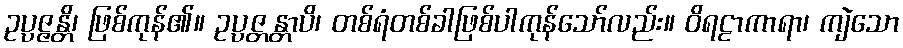
ဥပ္ပဇ္ဇန္တိ၊ ဖြစ်ကုန်၏။ ဥပ္ပဇ္တန္တာပိ၊ တစ်ရံတစ်ခါဖြစ်ပါကုန်သော်လည်း။ ဝိရဠာကာရာ၊ ကျဲသော